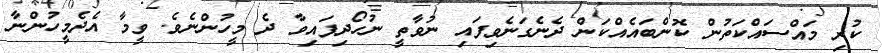
ކުރި މައްސައްކަތުން ކޮންބައެއްކަން ދެނެގަނެވިފައި ނުވާތީ ނުހޯދިފައިވާ ދެ މީހުންނެވެ. ވީމާ އެދެމީހުންނާ